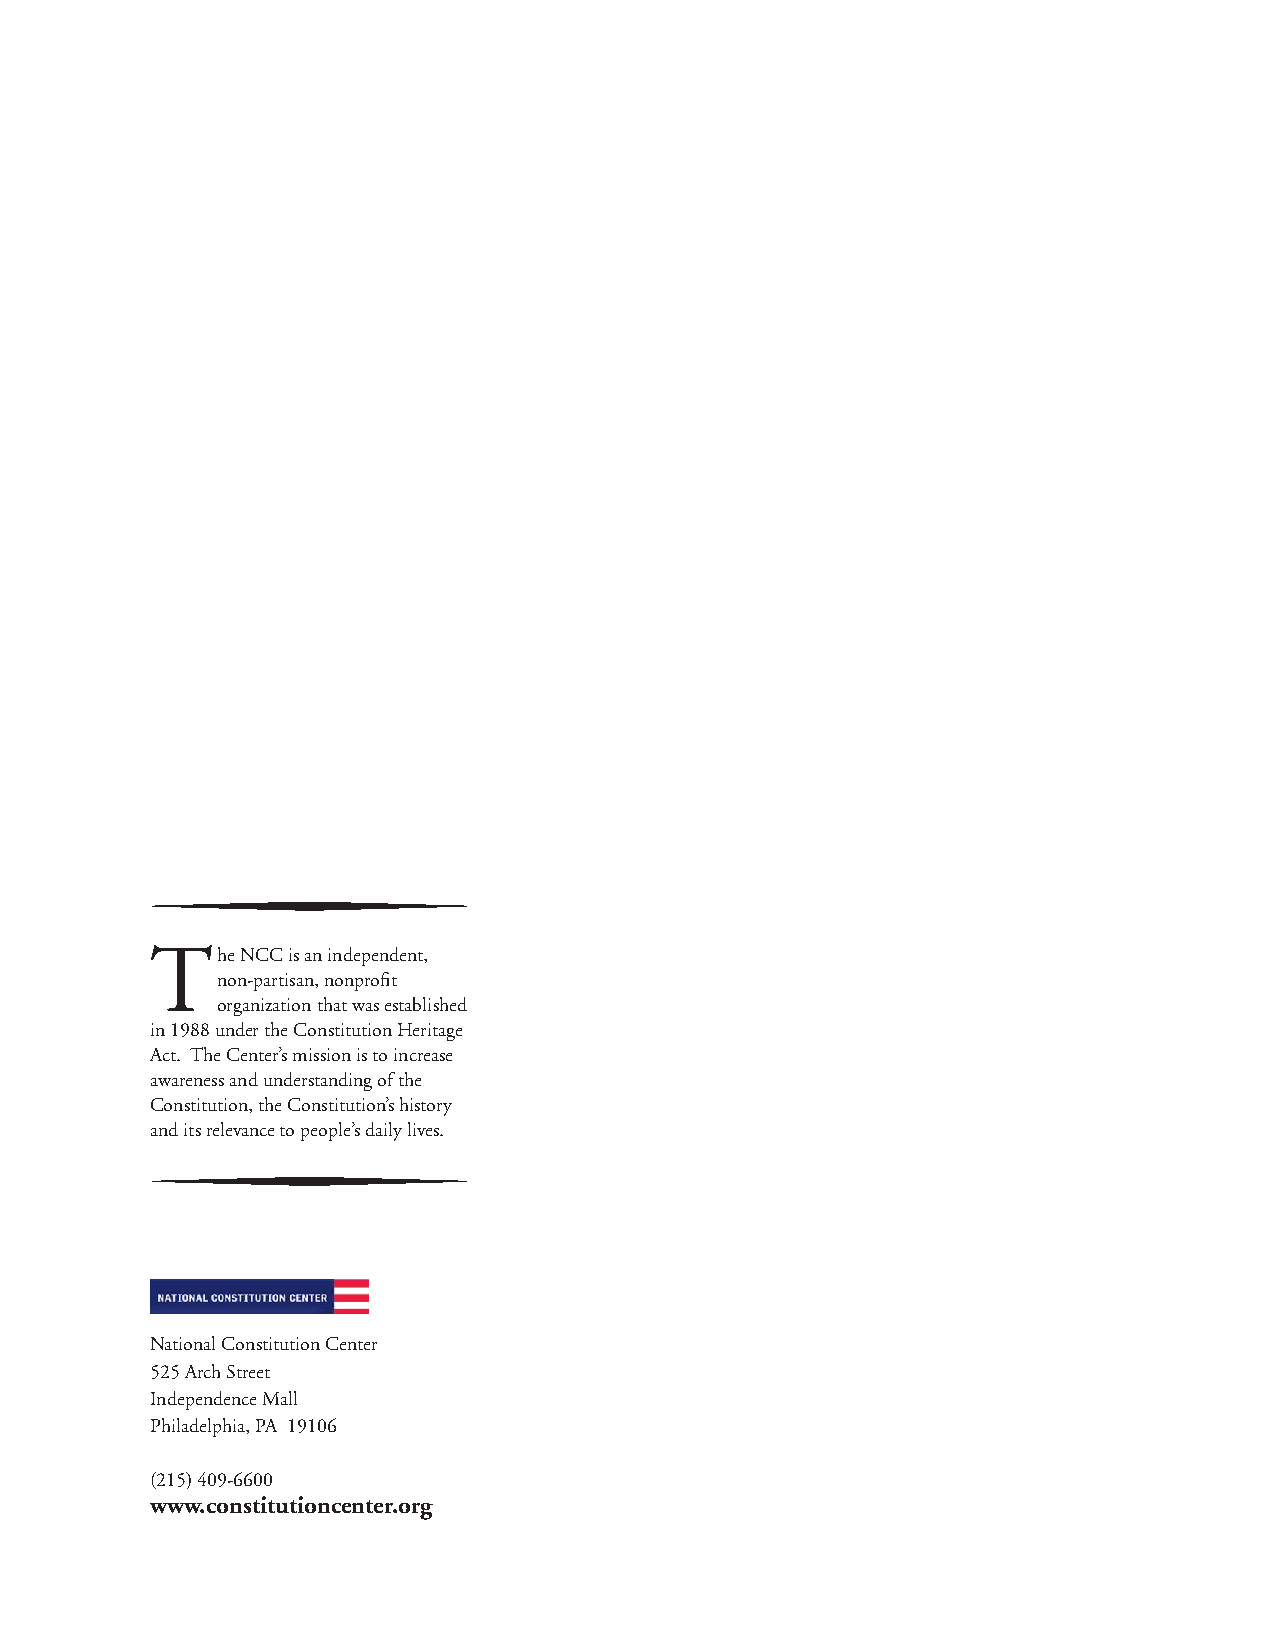
The   NCC is an independent,
 non-partisan, nonprofi t
 organization that was established
 in 1988 under the Constitution Heritage
 Act. The Center’s mission is to increase
 awareness and understanding of the
 Constitution, the Constitution’s history
 and its relevance to people’s daily lives.
 National Constitution Center
 525 Arch Street
 Independence Mall
 Philadelphia, PA 19106
 (215) 409-6600
 www.constitutioncenter.org